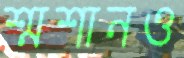
শ্মশানও